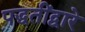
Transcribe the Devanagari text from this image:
पद्धतींद्वारे